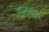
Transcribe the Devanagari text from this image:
रालदांग